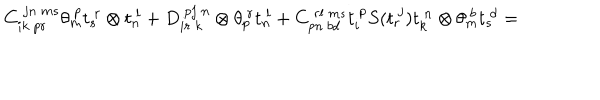
C _ { i k ~ p r } ^ { ~ j n ~ m s } \theta _ { m } ^ { ~ p } t _ { s } ^ { ~ r } \otimes t _ { n } ^ { ~ l } + D _ { i r ~ k } ^ { ~ p j ~ n } \otimes \theta _ { p } ^ { ~ r } t _ { n } ^ { ~ l } + C _ { p n ~ b d } ^ { ~ r l ~ m s } t _ { i } ^ { ~ p } S ( t _ { r } ^ { ~ j } ) t _ { k } ^ { ~ n } \otimes \theta _ { m } ^ { ~ b } t _ { s } ^ { ~ d } =